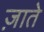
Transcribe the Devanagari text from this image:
ज़ाते